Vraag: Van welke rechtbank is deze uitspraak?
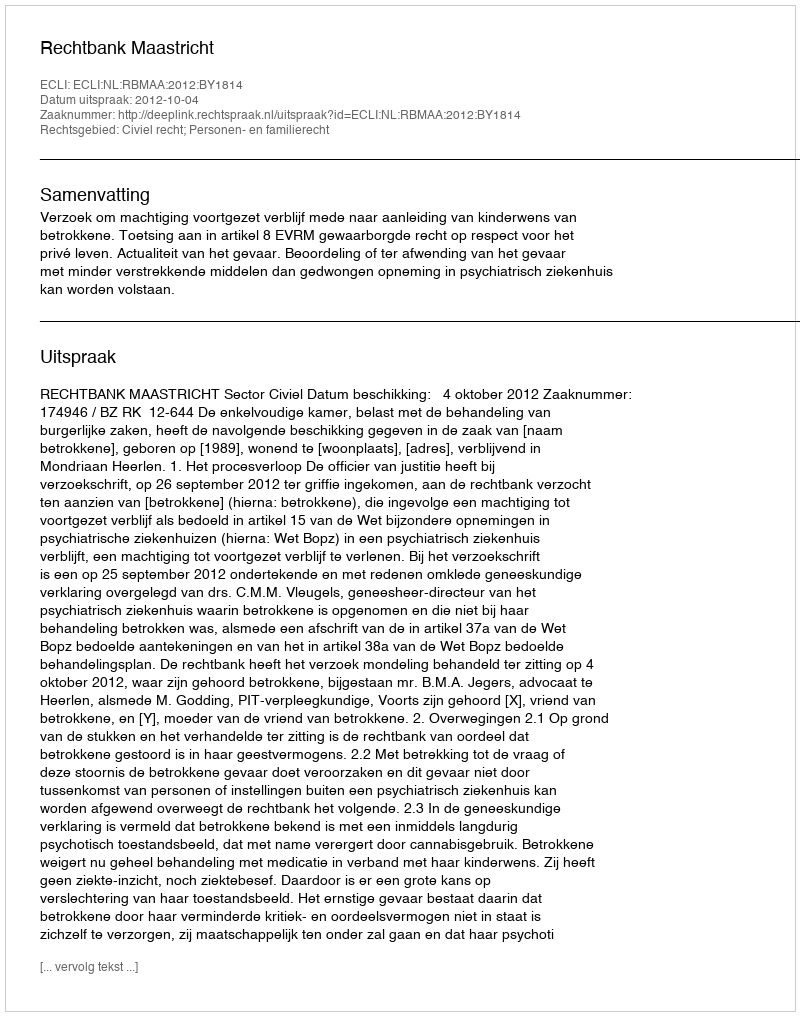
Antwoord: Rechtbank Maastricht